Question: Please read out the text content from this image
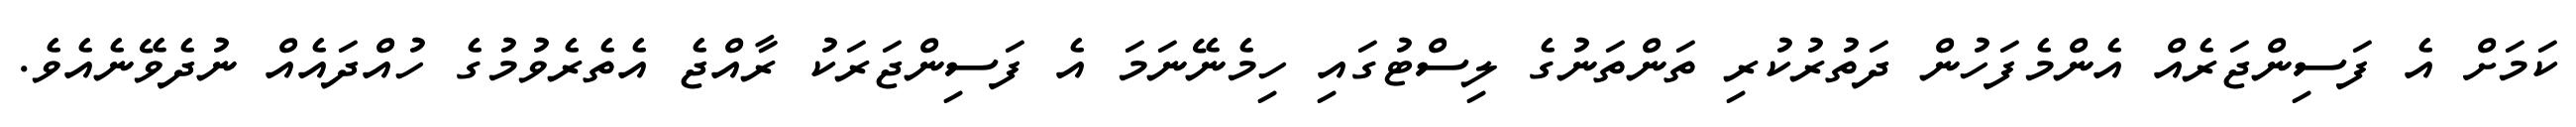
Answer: ކަމަށް އެ ފަސިންޖަރެއް އެންމެފަހުން ދަތުރުކުރި ތަންތަނުގެ ލިސްޓުގައި ހިމެނޭނަމަ އެ ފަސިންޖަރަކު ރާއްޖެ އެތެރެވުމުގެ ހުއްދައެއް ނުދެވޭނެއެވެ.